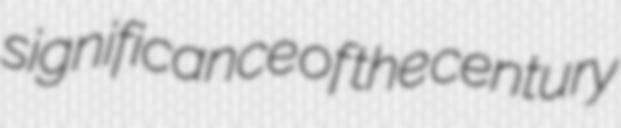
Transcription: significance of the century